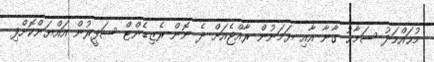
މުޙައްމަދު ސަމާޙު ގާނާ އާއި ޔަމަނުން ރާއްޖެއަށް ދެ ނޮން-ރެޒިޑެންޓް ސަފީރުން އައްޔަންކޮށްފި